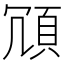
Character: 𩑜